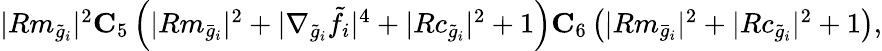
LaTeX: \begin{array}{r}{|Rm_{\tilde{g}_{i}}|^{2}\le C_{5}\left(|Rm_{\bar{g}_{i}}|^{2}+|\nabla_{\tilde{g}_{i}}\tilde{f}_{i}|^{4}+|Rc_{\tilde{g}_{i}}|^{2}+1\right)\le C_{6}\left(|Rm_{\bar{g}_{i}}|^{2}+|Rc_{\tilde{g}_{i}}|^{2}+1\right),}\end{array}